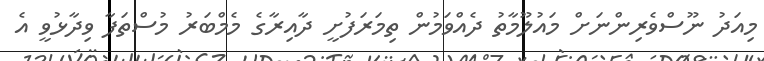
މިއަދު ނޫސްވެރިންނަށް މައުލޫމާތު ދެއްވަމުން ތިމަރަފުށީ ދާއިރާގެ މެމްބަރު މުސްތަފާ ވިދާޅުވީ އެ